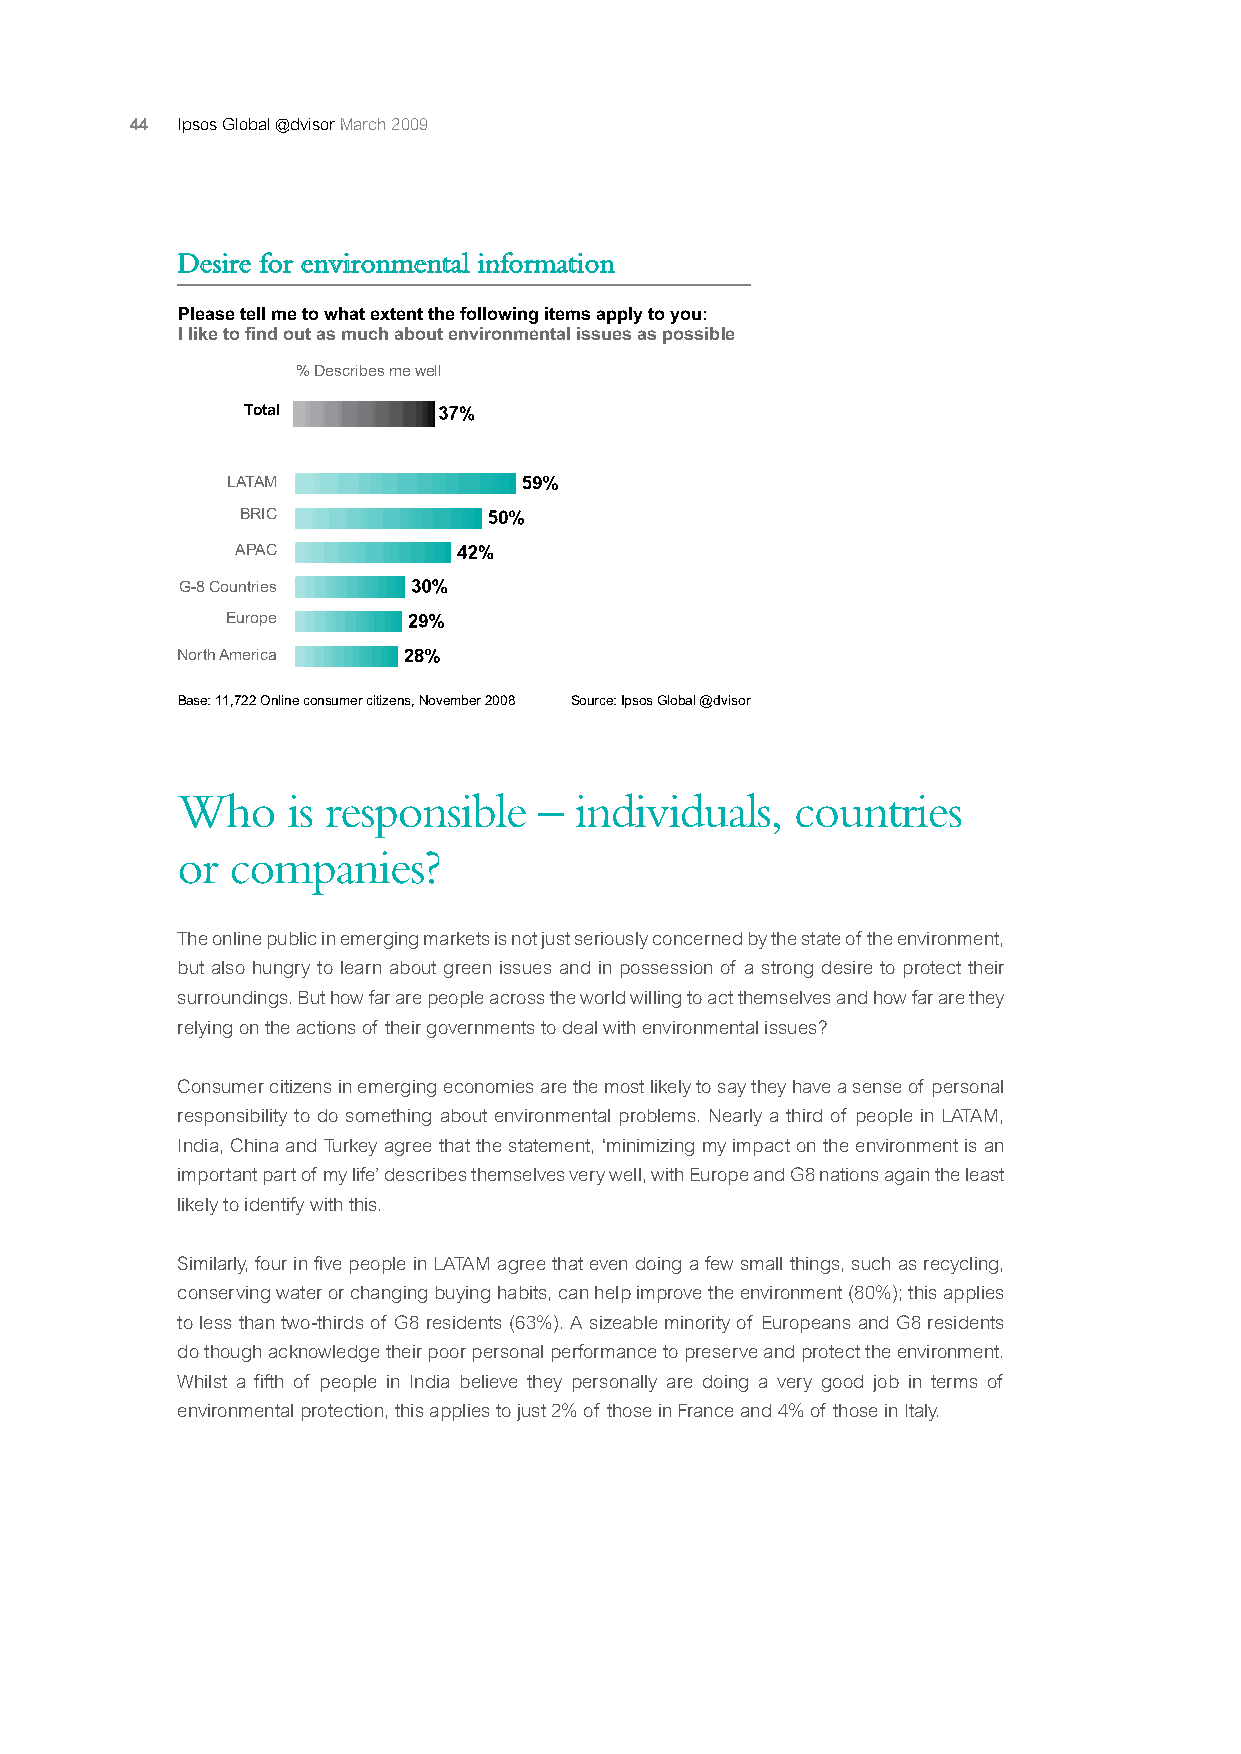
44 Ipsos Global @dvisor March 2009
 Desire for environmental information
 Please tell me to what extent the following items apply to you:
 I like to find out as much about environmental issues as possible
 % Describes me well
 Total
 LATAM
 BRIC
 APAC
 G-8 Countries
 Europe
 North America
 Base: 11,722 Online consumer citizens, November 2008 Source: Ipsos Global @dvisor
 Who    is responsible   – individuals,   countries
 or companies?
 The online public in emerging markets is not just seriously concerned by the state of the environment,
 but also hungry to learn about green issues and in possession of a strong desire to protect their
 surroundings. But how far are people across the world willing to act themselves and how far are they
 relying on the actions of their governments to deal with environmental issues?
 Consumer citizens in emerging economies are the most likely to say they have a sense of personal
 responsibility to do something about environmental problems. Nearly a third of people in LATAM,
 India, China and Turkey agree that the statement, ‘minimizing my impact on the environment is an
 important part of my life’ describes themselves very well, with Europe and G8 nations again the least
 likely to identify with this.
 Similarly, four in five people in LATAM agree that even doing a few small things, such as recycling,
 conserving water or changing buying habits, can help improve the environment (80%); this applies
 to less than two-thirds of G8 residents (63%). A sizeable minority of Europeans and G8 residents
 do though acknowledge their poor personal performance to preserve and protect the environment.
 Whilst a fifth of people in India believe they personally are doing a very good job in terms of
 environmental protection, this applies to just 2% of those in France and 4% of those in Italy.